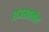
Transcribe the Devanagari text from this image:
छत्राखालील